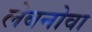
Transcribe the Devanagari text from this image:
लेबनोवा